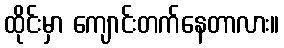
ထိုင်းမှာ ကျောင်းတက်နေတာလား။